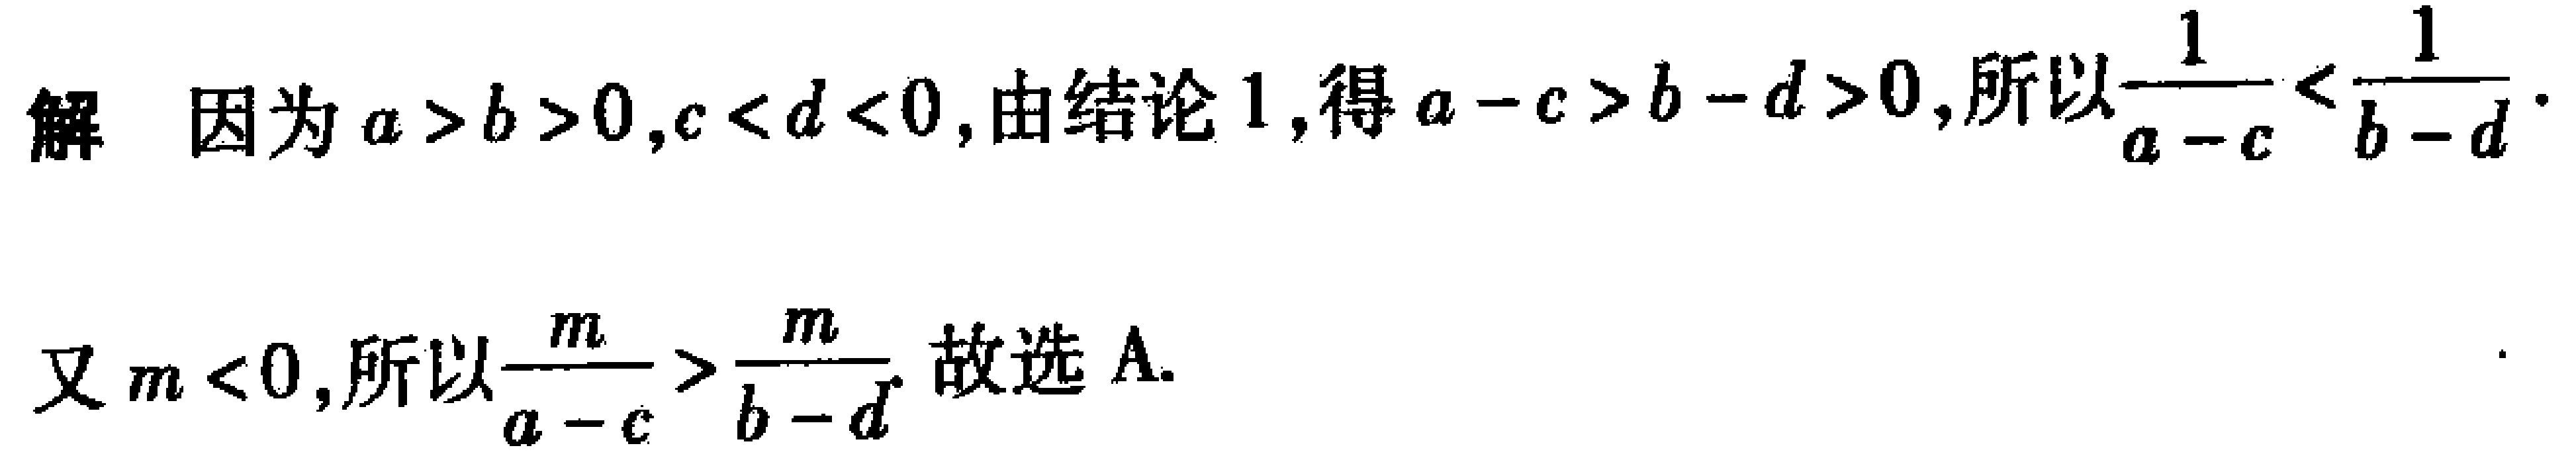
解 因为\(a > b > 0,c < d < 0\),由结论1,得\(a - c > b - d > 0\),所以\(\frac{1}{a - c}<\frac{1}{b - d}\).

又\(m < 0\),所以\(\frac{m}{a - c}>\frac{m}{b - d}\). 故选A.